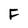
Character: F